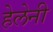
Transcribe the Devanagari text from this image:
हेलेनी